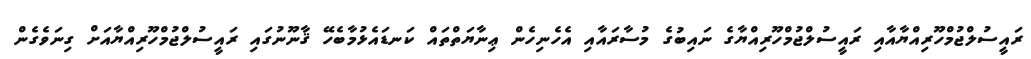
ރައީސުލްޖުމްހޫރިއްޔާއާއި ރައީސުލްޖުމްހޫރިއްޔާގެ ނައިބުގެ މުސާރައާއި އެހެނިހެން ޢިނާޔަތްތައް ކަނޑައެޅުމާބެހޭ ޤާނޫނުގައި ރައީސުލްޖުމްހޫރިއްޔާއަށް ގިނަވެގެން